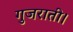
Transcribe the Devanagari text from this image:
गुजराती।